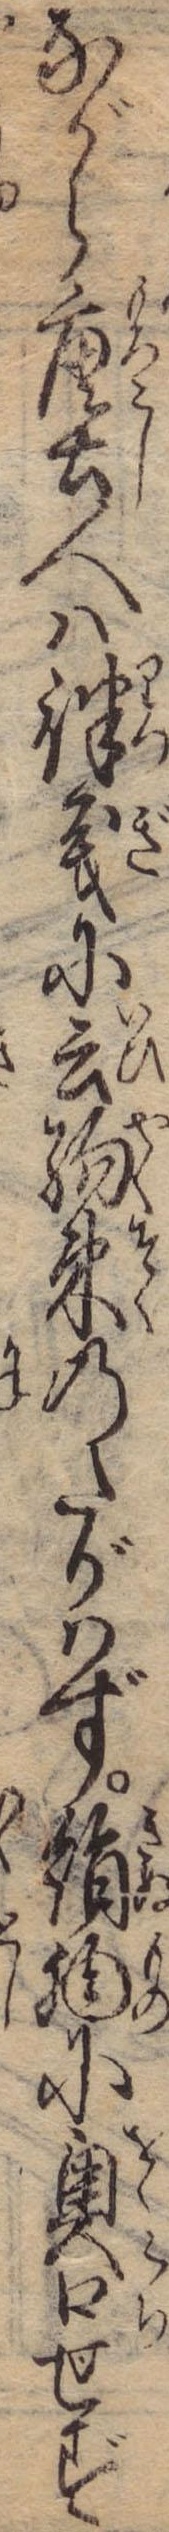
ながら唐土人は律義に云約束のたがはず絹物に奥口せず